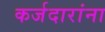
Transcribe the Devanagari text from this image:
कर्जदारांना